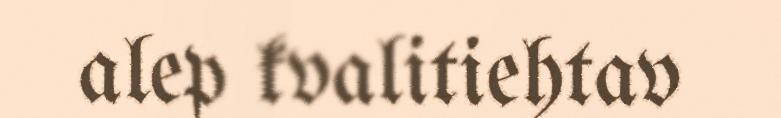
alep kvalitiehtav